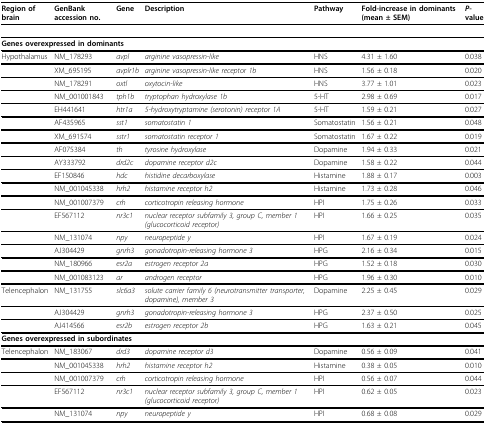
<table><thead><tr><td><b>Region of brain</b></td><td><b>GenBank accession no.</b></td><td><b>Gene</b></td><td><b>Description</b></td><td><b>Pathway</b></td><td><b>Fold-increase in dominants (mean ± SEM)</b></td><td><b><i>P</i>-value</b></td></tr></thead><tbody><tr><td colspan="7"><b>Genes overexpressed in dominants</b></td></tr><tr><td>Hypothalamus</td><td>NM_178293</td><td><i>avpl</i></td><td><i>arginine vasopressin-like</i></td><td>HNS</td><td>4.31 ± 1.60</td><td>0.038</td></tr><tr><td></td><td>XM_695195</td><td><i>avplr1b</i></td><td><i>arginine vasopressin-like receptor 1b</i></td><td>HNS</td><td>1.56 ± 0.18</td><td>0.020</td></tr><tr><td></td><td>NM_178291</td><td><i>oxtl</i></td><td><i>oxytocin-like</i></td><td>HNS</td><td>3.77 ± 1.01</td><td>0.023</td></tr><tr><td></td><td>NM_001001843</td><td><i>tph1b</i></td><td><i>tryptophan hydroxylase 1b</i></td><td>5-HT</td><td>2.98 ± 0.69</td><td>0.017</td></tr><tr><td></td><td>EH441641</td><td><i>htr1a</i></td><td><i>5-hydroxytryptamine (serotonin) receptor 1A</i></td><td>5-HT</td><td>1.59 ± 0.21</td><td>0.027</td></tr><tr><td></td><td>AF435965</td><td><i>sst1</i></td><td><i>somatostatin 1</i></td><td>Somatostatin</td><td>1.56 ± 0.21</td><td>0.048</td></tr><tr><td></td><td>XM_691574</td><td><i>sstr1</i></td><td><i>somatostatin receptor 1</i></td><td>Somatostatin</td><td>1.67 ± 0.22</td><td>0.019</td></tr><tr><td></td><td>AF075384</td><td><i>th</i></td><td><i>tyrosine hydroxylase</i></td><td>Dopamine</td><td>1.94 ± 0.33</td><td>0.021</td></tr><tr><td></td><td>AY333792</td><td><i>drd2c</i></td><td><i>dopamine receptor d2c</i></td><td>Dopamine</td><td>1.58 ± 0.22</td><td>0.044</td></tr><tr><td></td><td>EF150846</td><td><i>hdc</i></td><td><i>histidine decarboxylase</i></td><td>Histamine</td><td>1.88 ± 0.17</td><td>0.003</td></tr><tr><td></td><td>NM_001045338</td><td><i>hrh2</i></td><td><i>histamine receptor h2</i></td><td>Histamine</td><td>1.73 ± 0.28</td><td>0.046</td></tr><tr><td></td><td>NM_001007379</td><td><i>crh</i></td><td><i>corticotropin releasing hormone</i></td><td>HPI</td><td>1.75 ± 0.26</td><td>0.033</td></tr><tr><td></td><td>EF567112</td><td><i>nr3c1</i></td><td><i>nuclear receptor subfamily 3, group C, member 1 (glucocorticoid receptor)</i></td><td>HPI</td><td>1.66 ± 0.25</td><td>0.035</td></tr><tr><td></td><td>NM_131074</td><td><i>npy</i></td><td><i>neuropeptide y</i></td><td>HPI</td><td>1.67 ± 0.19</td><td>0.024</td></tr><tr><td></td><td>AJ304429</td><td><i>gnrh3</i></td><td><i>gonadotropin-releasing hormone 3</i></td><td>HPG</td><td>2.16 ± 0.34</td><td>0.015</td></tr><tr><td></td><td>NM_180966</td><td><i>esr2a</i></td><td><i>estrogen receptor 2a</i></td><td>HPG</td><td>1.52 ± 0.18</td><td>0.030</td></tr><tr><td></td><td>NM_001083123</td><td><i>ar</i></td><td><i>androgen receptor</i></td><td>HPG</td><td>1.96 ± 0.30</td><td>0.010</td></tr><tr><td>Telencephalon</td><td>NM_131755</td><td><i>slc6a3</i></td><td><i>solute carrier family 6 (neurotransmitter transporter, dopamine), member 3</i></td><td>Dopamine</td><td>2.25 ± 0.45</td><td>0.029</td></tr><tr><td></td><td>AJ304429</td><td><i>gnrh3</i></td><td><i>gonadotropin-releasing hormone 3</i></td><td>HPG</td><td>2.37 ± 0.50</td><td>0.025</td></tr><tr><td></td><td>AJ414566</td><td><i>esr2b</i></td><td><i>estrogen receptor 2b</i></td><td>HPG</td><td>1.63 ± 0.21</td><td>0.045</td></tr><tr><td colspan="7"><b>Genes overexpressed in subordinates</b></td></tr><tr><td>Telencephalon</td><td>NM_183067</td><td><i>drd3</i></td><td><i>dopamine receptor d3</i></td><td>Dopamine</td><td>0.56 ± 0.09</td><td>0.041</td></tr><tr><td></td><td>NM_001045338</td><td><i>hrh2</i></td><td><i>histamine receptor h2</i></td><td>Histamine</td><td>0.38 ± 0.05</td><td>0.010</td></tr><tr><td></td><td>NM_001007379</td><td><i>crh</i></td><td><i>corticotropin releasing hormone</i></td><td>HPI</td><td>0.56 ± 0.07</td><td>0.044</td></tr><tr><td></td><td>EF567112</td><td><i>nr3c1</i></td><td><i>nuclear receptor subfamily 3, group C, member 1 (glucocorticoid receptor)</i></td><td>HPI</td><td>0.62 ± 0.05</td><td>0.023</td></tr><tr><td></td><td>NM_131074</td><td><i>npy</i></td><td><i>neuropeptide y</i></td><td>HPI</td><td>0.68 ± 0.08</td><td>0.029</td></tr></tbody></table>